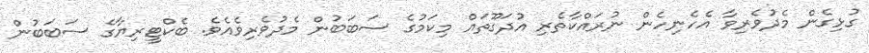
ގުޅިގެން މެދުވެރިވާ އެހެނިހެން ނުރައްކާތެރި އުދަގޫތައް މިކަމުގެ ސަބަބުން މެދުވެރިވެއެވެ. ބެކްޓީރިޔާގެ ސަބަބުން